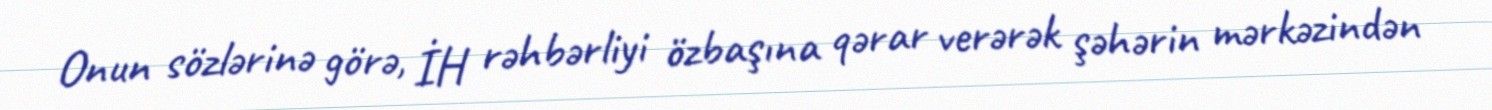
Onun sözlərinə görə, İH rəhbərliyi özbaşına qərar verərək şəhərin mərkəzindən